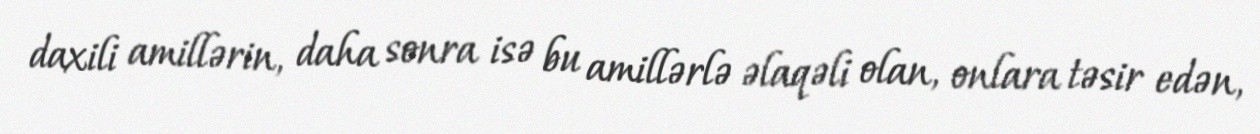
daxili amillərin, daha sonra isə bu amillərlə əlaqəli olan, onlara təsir edən,